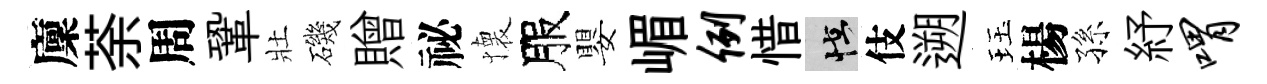
廩荼周鞏壯磯贈祕懐服嬰嵋例惜怪伎遡珏楊孫紓喟